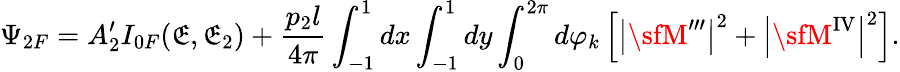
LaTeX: \Psi_{2F}=A_{2}^{\prime}I_{0F}(\mathfrak{E},\mathfrak{E}_{2})+\frac{{p_{2}l}}{{4\pi}}\int_{-1}^{1}dx\int_{-1}^{1}dy\int_{0}^{2\pi}d\varphi_{k}\left[\left|{\sfM}^{\prime\prime\prime}\right|^{2}+\left|{\sfM}^{\mathrm{{IV}}}\right|^{2}\right].